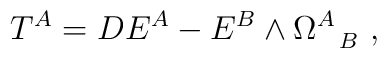
T^A = D E^A - E^B \wedge \Omega^A_{~~B}~,